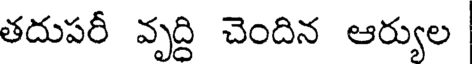
తదుపరీ వృద్ది చెందిన ఆర్యుల